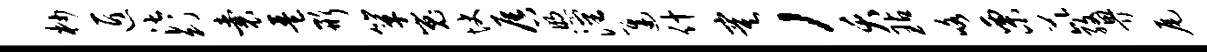
杪匠汰幻囊琶形箪嵬快唇煦沈迟什寞，夭玷咯栗芘孜畀尾